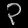
Digit: ၃